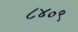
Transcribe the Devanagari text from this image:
८४०९